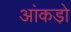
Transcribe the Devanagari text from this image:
आंकडो़